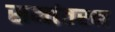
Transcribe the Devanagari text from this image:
समांतरन